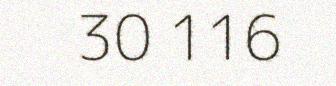
30 116